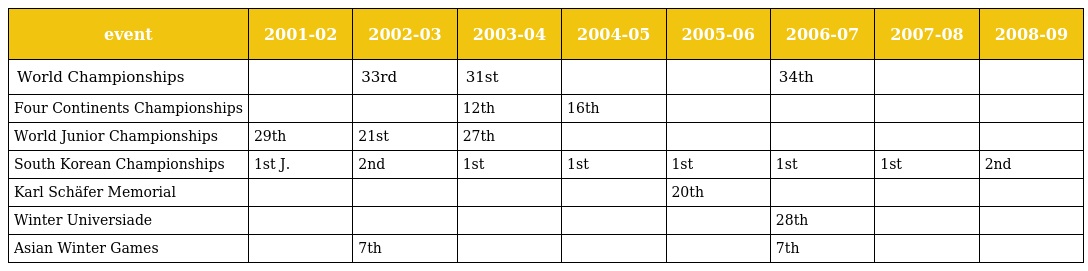
| event | 2001-02 | 2002-03 | 2003-04 | 2004-05 | 2005-06 | 2006-07 | 2007-08 | 2008-09 |
 | --- | --- | --- | --- | --- | --- | --- | --- | --- |
 | World Championships |  | 33rd | 31st |  |  | 34th |  |  |
 | Four Continents Championships |  |  | 12th | 16th |  |  |  |  |
 | World Junior Championships | 29th | 21st | 27th |  |  |  |  |  |
 | South Korean Championships | 1st J. | 2nd | 1st | 1st | 1st | 1st | 1st | 2nd |
 | Karl Schäfer Memorial |  |  |  |  | 20th |  |  |  |
 | Winter Universiade |  |  |  |  |  | 28th |  |  |
 | Asian Winter Games |  | 7th |  |  |  | 7th |  |  |